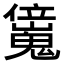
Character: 𠑖